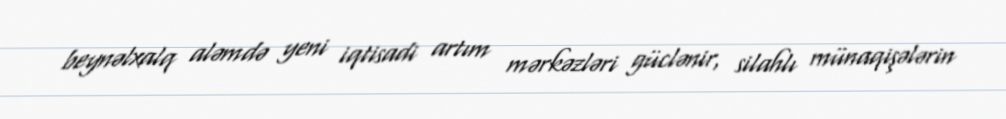
beynəlxalq aləmdə yeni iqtisadi artım mərkəzləri güclənir, silahlı münaqişələrin